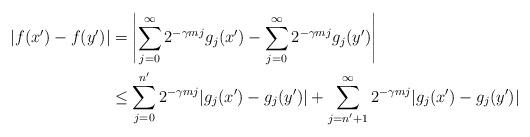
LaTeX: \begin{align*} |f(x') - f(y')| &= \left\lvert\sum_{j=0}^\infty 2^{- \gamma m j} g_j (x') - \sum_{j=0}^\infty 2^{- \gamma m j}g_j(y')\right\rvert \\ &\leq \sum_{j=0}^{n'} 2^{- \gamma m j} |g_j(x') - g_j(y')| + \sum_{j=n'+1}^\infty 2^{- \gamma m j} |g_j(x') - g_j(y')| \end{align*}